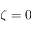
\zeta = 0